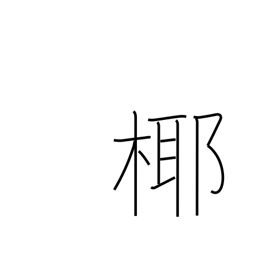
Meaning: coconut tree